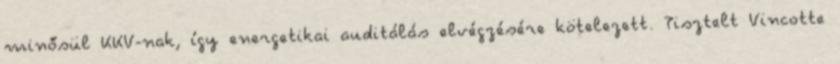
minősül KKV-nak, így energetikai auditálás elvégzésére kötelezett. Tisztelt Vincotte